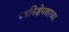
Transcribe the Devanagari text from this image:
ध्वनिक्षेपकाच्या